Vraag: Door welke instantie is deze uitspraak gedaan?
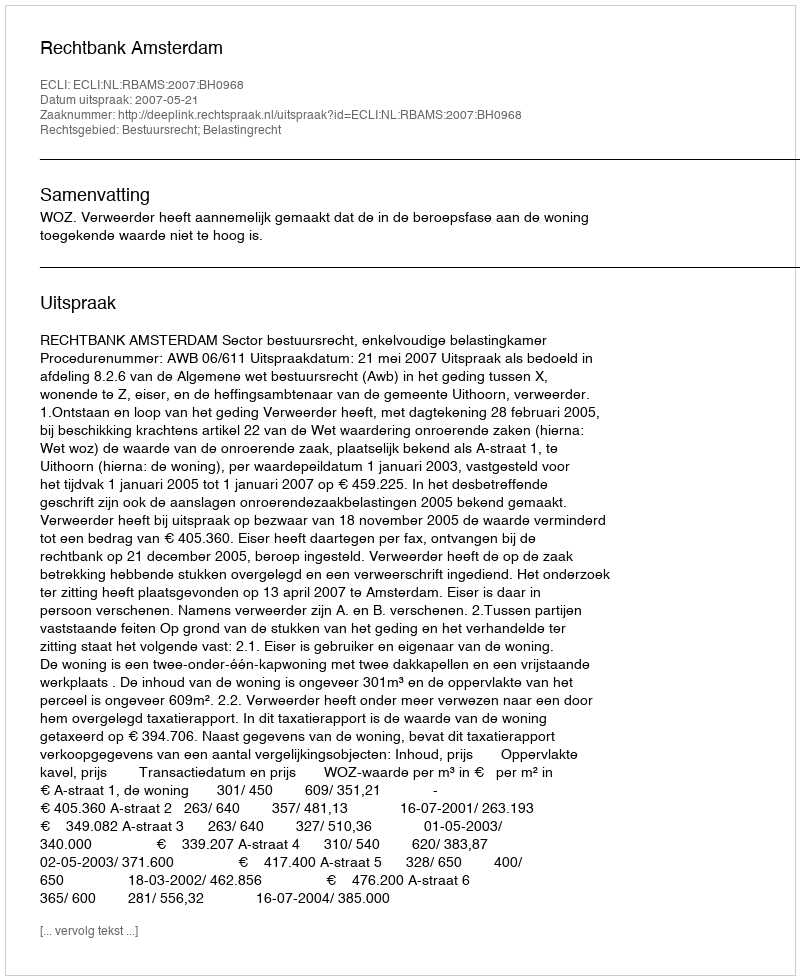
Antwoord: Rechtbank Amsterdam